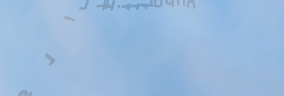
خدمة التنظيف المنزلية الا